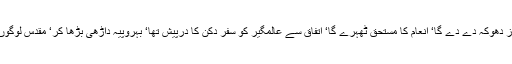
بادشاہ نے پہچان لیا‘ کبھی دھوکہ نہیں کھایا کہ جس روز دھوکہ دے دے گا‘ انعام کا مستحق ٹھہرے گا‘ اتفاق سے عالمگیرؒ کو سفر دکن کا درپیش تھا‘ بہروپیہ داڑھی بڑھا کر‘ مقدس لوگوں کی صورت بنا کر راستہ میں کسی گائوں میں جا بیٹھا۔